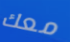
معك